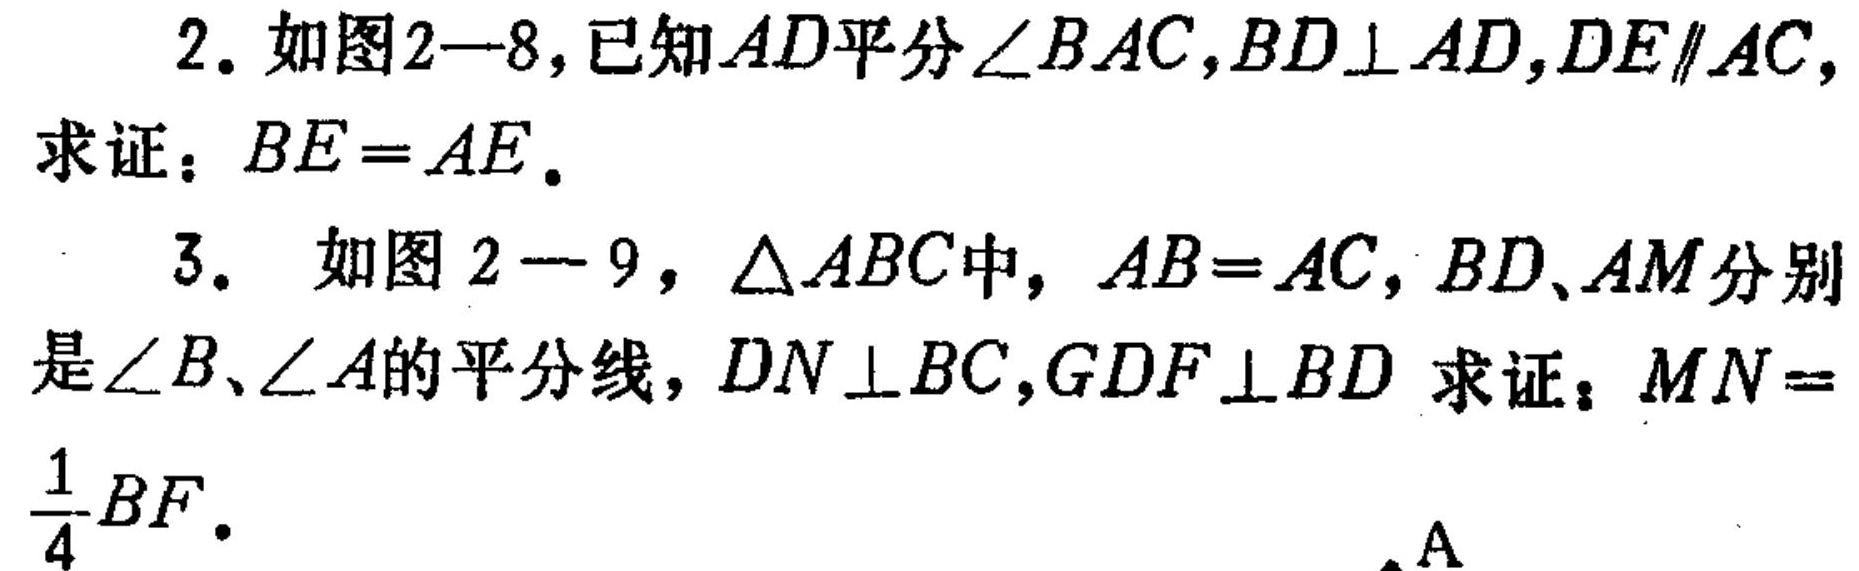
2. 如图$2 - 8$，已知$AD$平分$\angle BAC$，$BD\perp AD$，$DE\parallel AC$，
求证：$BE = AE$.
3. 如图$2 - 9$，$\triangle ABC$中，$AB = AC$，$BD$、$AM$分别
是$\angle B$、$\angle A$的平分线，$DN\perp BC$，$GDF\perp BD$ 求证：$MN = \frac{1}{4}BF$.